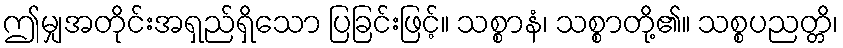
ဤမျှအတိုင်းအရှည်ရှိသော ပြခြင်းဖြင့်။ သစ္စာနံ၊ သစ္စာတို့၏။ သစ္စပညတ္တိ၊